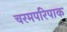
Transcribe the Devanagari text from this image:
चरमपरिपाक